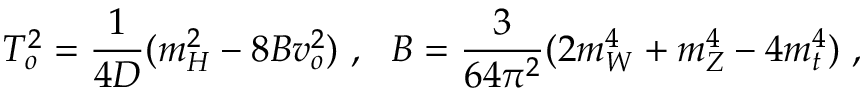
T _ { o } ^ { 2 } = { \frac { 1 } { 4 D } } ( m _ { H } ^ { 2 } - 8 B v _ { o } ^ { 2 } ) \ , \ \ B = { \frac { 3 } { 6 4 \pi ^ { 2 } } } ( 2 m _ { W } ^ { 4 } + m _ { Z } ^ { 4 } - 4 m _ { t } ^ { 4 } ) \ ,